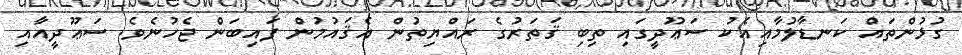
ގުޅުންތައް ކަނޑާލުމާއިއެކު ސަޢޫދީގައި ތިބި ޤަތަރުގެ ރައްޔިތުން އެޤައުމުން ފައިބަން ޖެހުނެވެ. ސަޢޫދީއާއި